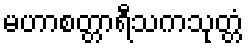
မဟာစတ္တာရီသကသုတ္တံ